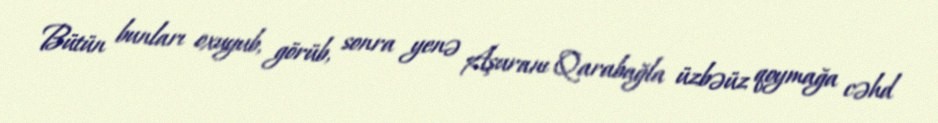
Bütün bunları oxuyub, görüb, sonra yenə Aşuranı Qarabağla üzbəüz qoymağa cəhd